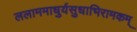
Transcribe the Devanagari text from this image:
ललाममाधुर्यसुधाभिरामकम्